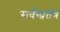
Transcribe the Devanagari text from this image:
सर्वस्वतंत्र